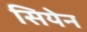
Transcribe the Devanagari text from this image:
सियेन